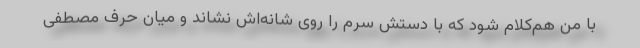
با من هم‌کلام شود که با دستش سرم را روی شانه‌اش نشاند و میان حرف مصطفی